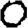
Digit: 0